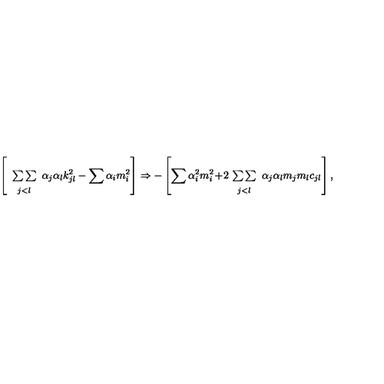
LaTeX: \left[ \begin{array} { c } { { } } \\ { { \sum \sum } } \\ { { } _ { j < l } } \\ \end{array} \alpha _ { j } \alpha _ { l } k _ { j l } ^ { 2 } - \sum \alpha _ { i } m _ { i } ^ { 2 } \right] \Rightarrow - \left[ \sum \alpha _ { i } ^ { 2 } m _ { i } ^ { 2 } \! + \! 2 \! \begin{array} { c } { { } } \\ { { \sum \sum } } \\ { { } _ { j < l } } \\ \end{array} \alpha _ { j } \alpha _ { l } m _ { j } m _ { l } c _ { j l } \right] ,